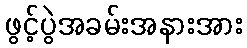
ဖွင့်ပွဲအခမ်းအနားအား